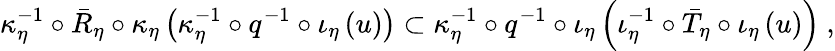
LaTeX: \kappa_{\eta}^{-1}\circ\bar{R}_{\eta}\circ\kappa_{\eta}\left(\kappa_{\eta}^{-1}\circ q^{-1}\circ\iota_{\eta}\left(u\right)\right)\subset\kappa_{\eta}^{-1}\circ q^{-1}\circ\iota_{\eta}\left(\iota_{\eta}^{-1}\circ\bar{T}_{\eta}\circ\iota_{\eta}\left(u\right)\right)\ ,